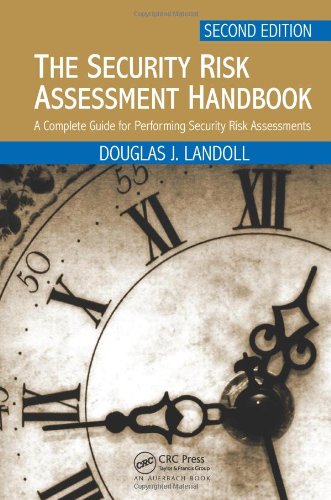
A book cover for The Security Risk Assessment Handbook: A Complete Guide for Performing Security Risk Assessments, Second Edition; Douglas Landoll; Business & Money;